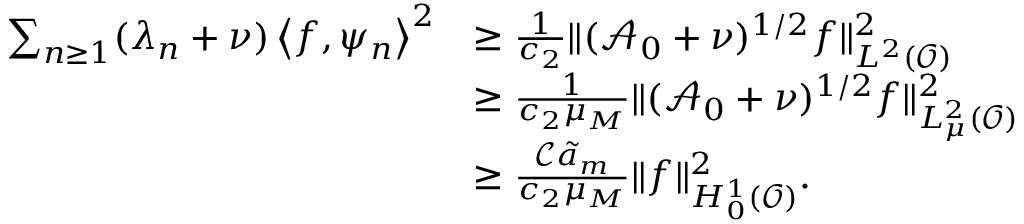
\begin{array} { r l } { \sum _ { n \geq 1 } ( \lambda _ { n } + \nu ) \left< f , \psi _ { n } \right> ^ { 2 } } & { \geq \frac { 1 } { c _ { 2 } } \Vert ( \mathcal { A } _ { 0 } + \nu ) ^ { 1 / 2 } f \Vert _ { L ^ { 2 } ( \mathcal { O } ) } ^ { 2 } } \\ & { \geq \frac { 1 } { c _ { 2 } \mu _ { M } } \Vert ( \mathcal { A } _ { 0 } + \nu ) ^ { 1 / 2 } f \Vert _ { L _ { \mu } ^ { 2 } ( \mathcal { O } ) } ^ { 2 } } \\ & { \geq \frac { \mathcal { C } \tilde { a } _ { m } } { c _ { 2 } \mu _ { M } } \Vert f \Vert _ { H _ { 0 } ^ { 1 } ( \mathcal { O } ) } ^ { 2 } . } \end{array}